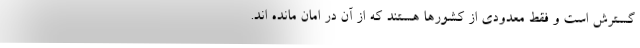
گسترش است و فقط معدودی از کشورها هستند که از آن در امان مانده اند.